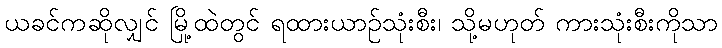
ယခင်ကဆိုလျှင် မြို့ထဲတွင် ရထားယာဉ်သုံးစီး၊ သို့မဟုတ် ကားသုံးစီးကိုသာ